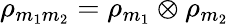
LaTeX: \rho_{m_{1}m_{2}}=\rho_{m_{1}}\otimes\rho_{m_{2}}